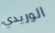
الوريدي